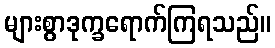
များစွာဒုက္ခရောက်ကြရသည်။